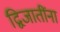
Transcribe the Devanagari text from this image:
द्विजातींना